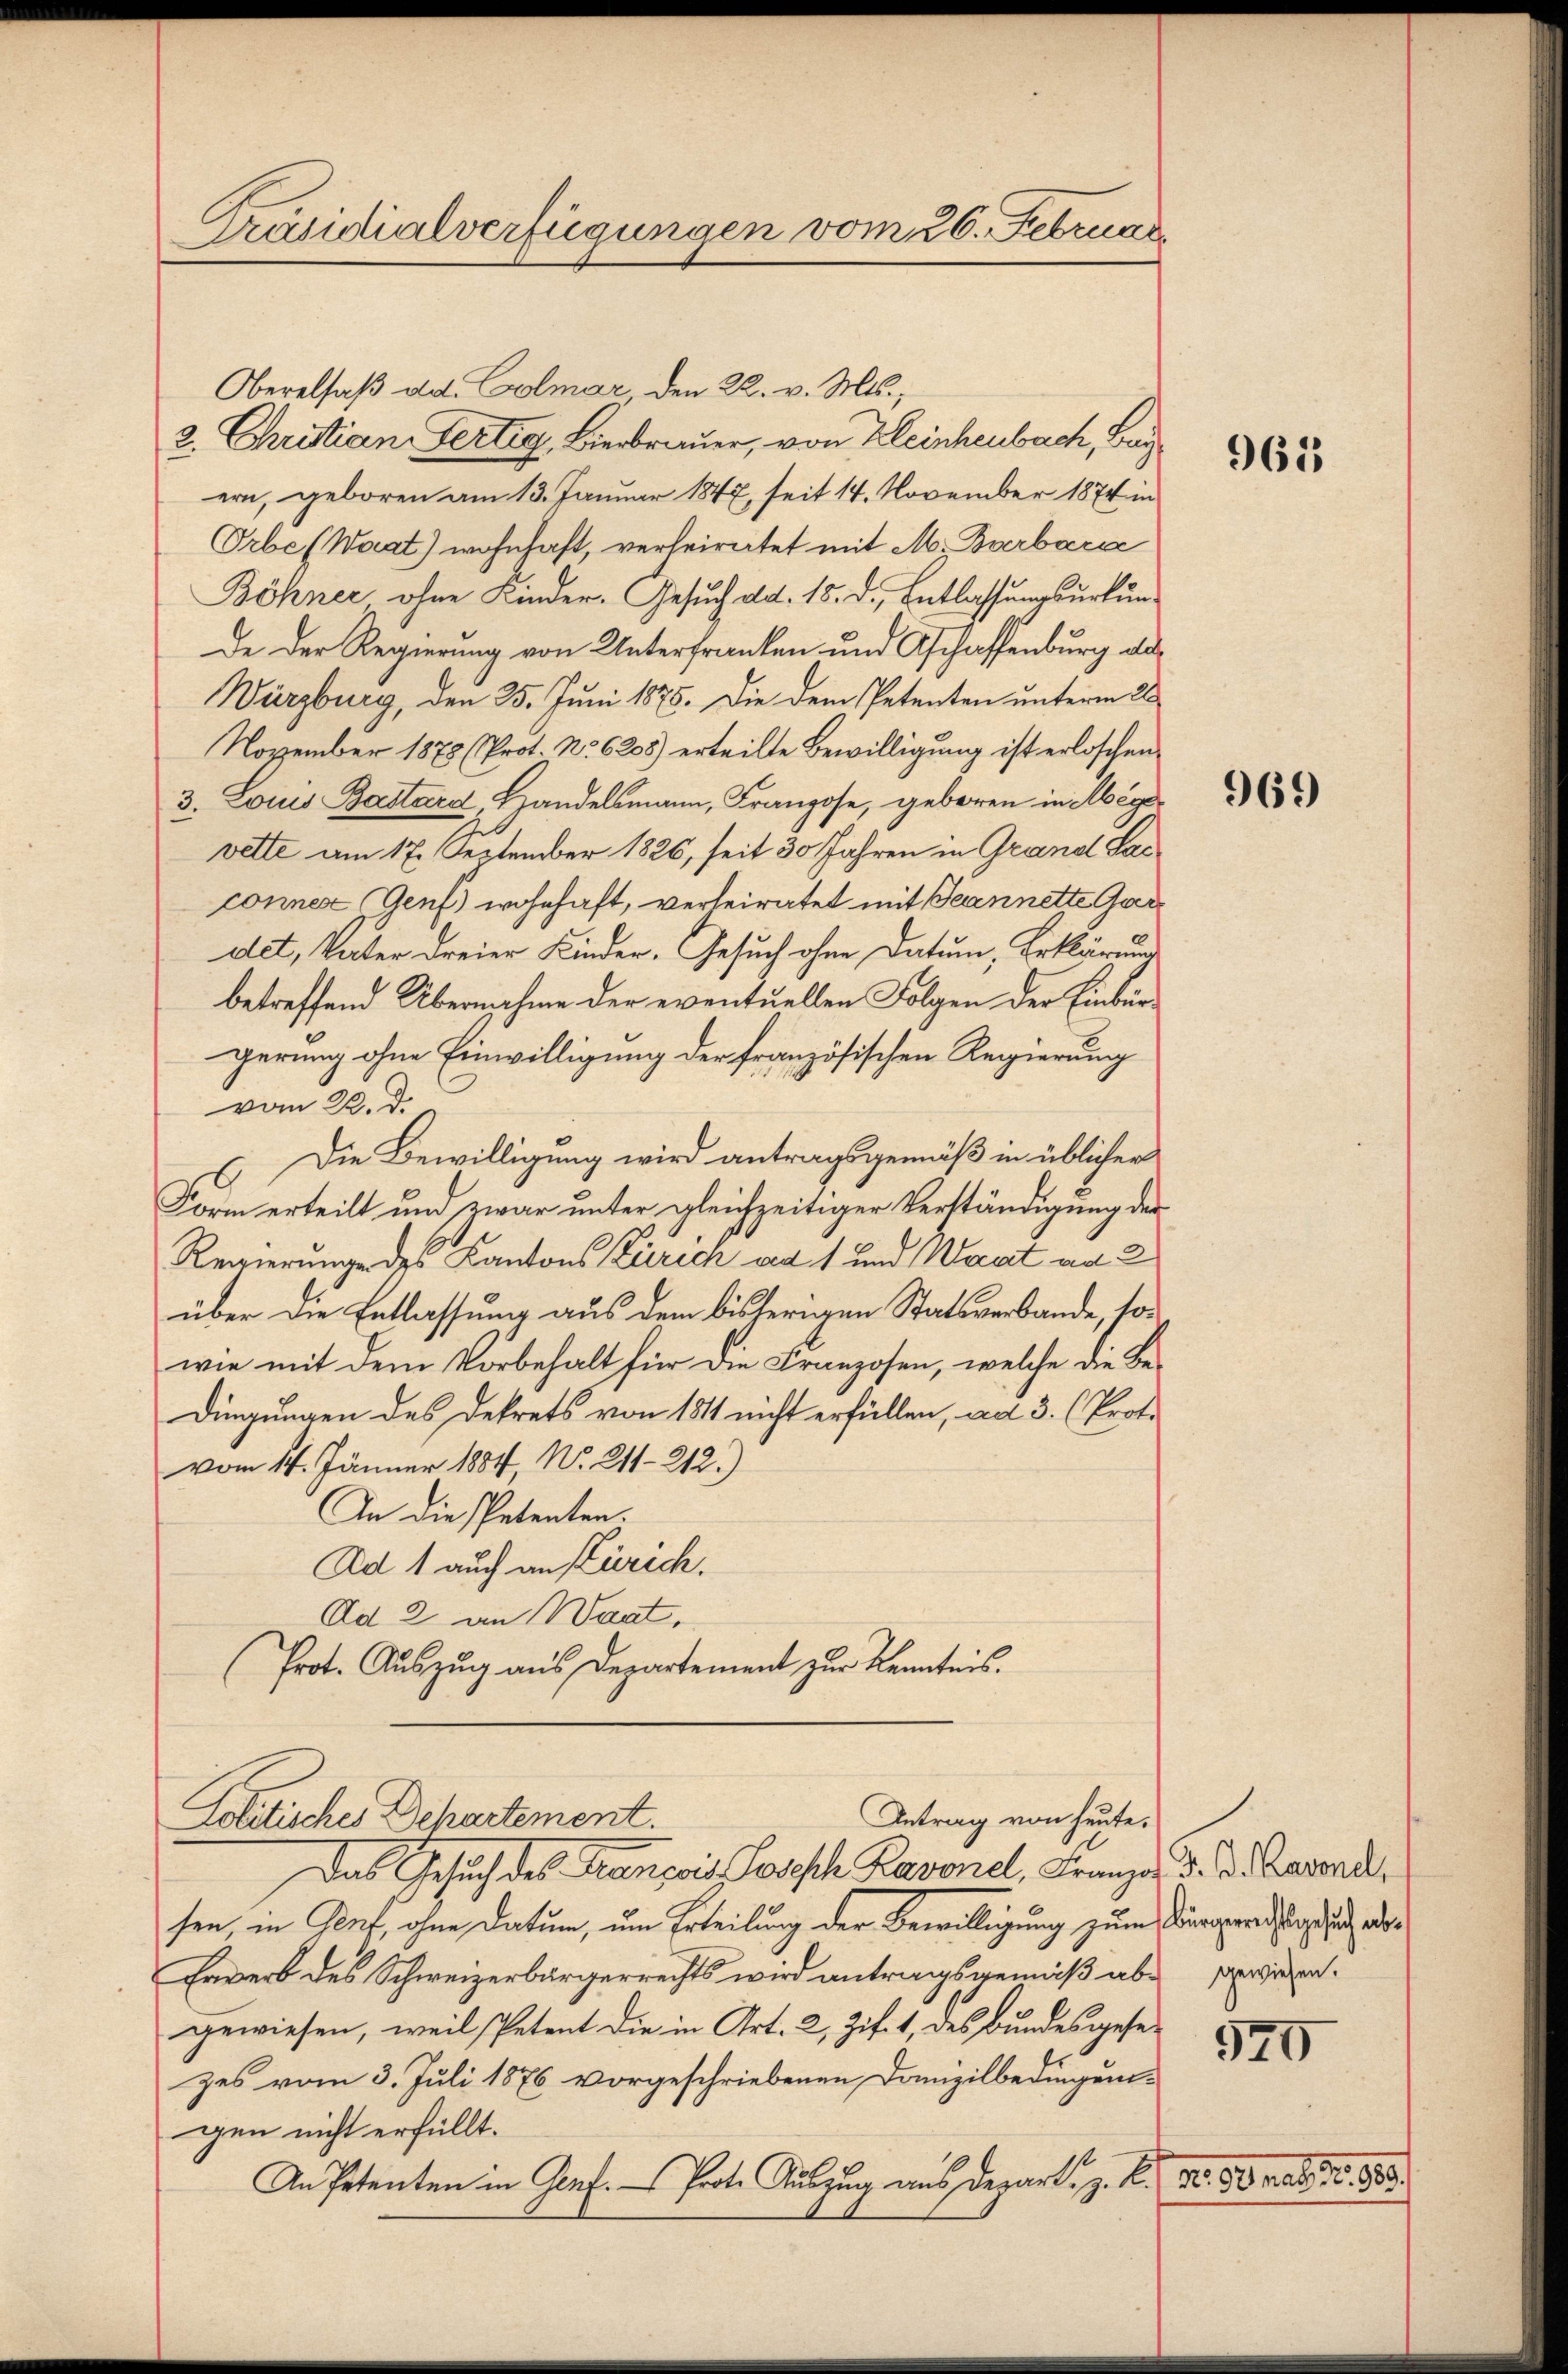
Präsidialverfügungen vom 26. Februar

Oberalsaß ad. Colmar den 22. v. Mts.,
2. Christian Fertig, Bierbrauer, von Kleinheubach, Bar
ern, geboren am 13. Januar 1847 seit 14. November 1874 in
Orbe (Waat) wohnhaft, verheiratet mit M. Barbara
Böhner ohne Kinder. Gesuch ad. 15. d. Entlassungsurkunde der Regierung von Unterfranken und Aschaffenburg als
Würzburg, den 25. Juni 1875. Die dem Petenten unterm 2
November 1878 (Prot. No 6208) erteilte Bewilligung ist erloschen
3. Louis Bastard, Handelsmann, Franzose, geboren in Möge
vette am 17. September 1826, seit 30 Jahren in Grand Sac
conner Genf wohnhaft, verheiratet mit Beannette Gardet, Vater dreier Kinder. Gesuch ohne Datum, Erklärung
betreffend Übernahme der eventuellen Folgen der Einbürgerung ohne Einwilligung der französischen Regierung
vom 22. d.
Die Bewilligung wird antragsgemäß in üblicher
6
Form erteilt und zwar unter gleichzeitiger Verständigung der
Regierungs des Kantons Zürich ad 1 und Waat an 2
über die Entlassung aus dem bisherigen Statsverbande, sowie mit dem Vorbehalt für die Franzosen, welche die Bedingungen des Dekrets von 1811 nicht erfüllen, ad 3. (Prof.
vom 14. Jänner 1884, No. 211—212.)
An die Petenten.
Ad 1 auch an Zürich.
Ad 2 an Waat.
Prot. Auszug aus Departement zur Kenntnis.

Antrag von heute.
Politisches Departement.

Das Gesuch des Ganzeit Joseph Baronel, Franzen d. d. Rasend,
sen, in Genf, ohne Datum, um Erteilung der Bewilligung zum Bürgerichts und a
Erwerb des Schweizerbürgerrechts wird antragsgemäß aber gewiesen.
gewiesen, weil Petent die in Art. 2, Zif. 1, des Bundesgesezes vom 3. Juli 1876 vorgeschriebenen Domizilbedingung-
gen nicht erfüllt.
An Petenten in Genf. — Prote Auszug aus Depart, z. B. Nr. 50 hat. 10. 883.

965

969

520